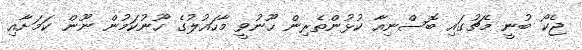
ޖެކޯ ބުނީ މެޗުގައި ބޮސްނިއާ ކުޅުންތެރިން ހޫނުވީ މާހައުލުގެ ހޫނުކަމުން ނޫން ކަމަށާއި